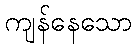
ကျန်နေသော